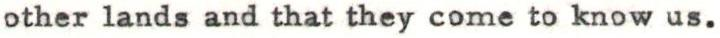
other lands and that they come to know us.